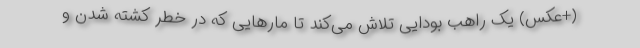
(+عکس) یک راهب بودایی تلاش می‌کند تا مار‌هایی که در خطر کشته شدن و